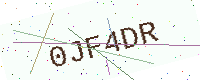
Text: 0JF4DR